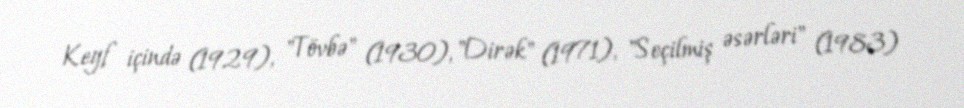
Keyf içində (1929), "Tövbə" (1930), "Dirək" (1971), "Seçilmiş əsərləri" (1983)